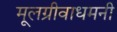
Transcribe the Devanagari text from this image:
मूलग्रीवाधमनी